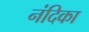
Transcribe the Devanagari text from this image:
नंदिका